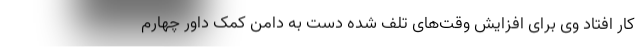
کار افتاد وی برای افزایش وقت‌های تلف شده دست به دامن کمک داور چهارم